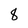
Character: 8